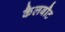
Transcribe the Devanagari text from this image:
कैलबौट